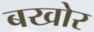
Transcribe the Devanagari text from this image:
बखोर